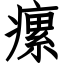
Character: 瘰